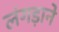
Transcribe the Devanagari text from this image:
लंगड़ाने